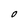
Character: O